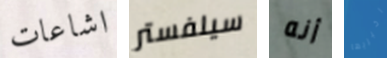
اشاعات سيلفستر أنه اخبريها